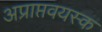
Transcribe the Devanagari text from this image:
अप्राप्तवयस्क